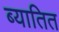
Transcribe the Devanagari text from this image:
ब्यातित